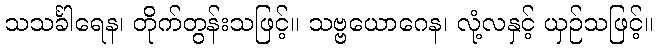
သသင်္ခါရေန၊ တိုက်တွန်းသဖြင့်။ သဗ္ဗယောဂေန၊ လုံ့လနှင့် ယှဉ်သဖြင့်။